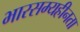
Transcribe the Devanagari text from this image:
भारसम्यहीनता